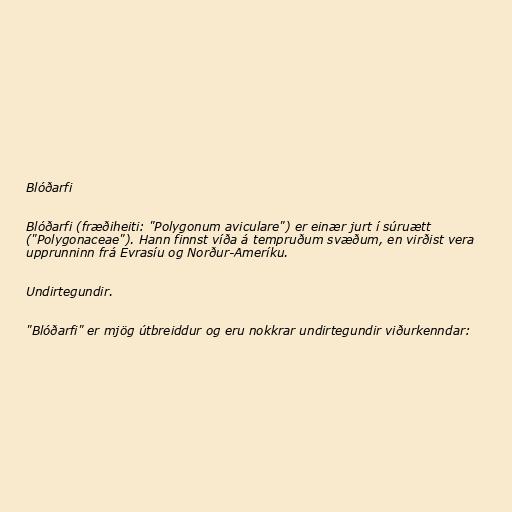
Blóðarfi

Blóðarfi (fræðiheiti: "Polygonum aviculare") er einær jurt í súruætt
("Polygonaceae"). Hann finnst víða á tempruðum svæðum, en virðist vera
upprunninn frá Evrasíu og Norður-Ameríku.

Undirtegundir.

"Blóðarfi" er mjög útbreiddur og eru nokkrar undirtegundir viðurkenndar: